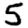
Digit: 5